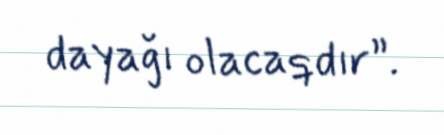
dayağı olacaqdır”.